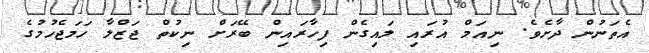
އެތަނުން ދާށެވެ. ނިއަމް އުރައި ލައިގެން ފިހާރައިން ބޭރަށް ނިކުތް ޖަޒްލާ ހަމަޖެހުމުގެ